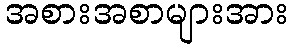
အစားအစာများအား